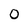
Character: 0